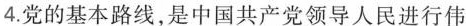
4.党的基本路线，是中国共产党领导人民进行伟